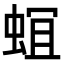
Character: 𮔎